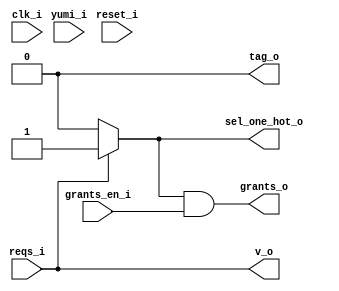
module bsg_round_robin_arb_inputs_p1
(
  clk_i,
  reset_i,
  grants_en_i,
  reqs_i,
  grants_o,
  sel_one_hot_o,
  v_o,
  tag_o,
  yumi_i
);

  input [0:0] reqs_i;
  output [0:0] grants_o;
  output [0:0] sel_one_hot_o;
  output [0:0] tag_o;
  input clk_i;
  input reset_i;
  input grants_en_i;
  input yumi_i;
  output v_o;
  wire [0:0] grants_o,sel_one_hot_o,tag_o;
  wire v_o,N0,N1,N2;
  assign tag_o[0] = 1'b0;
  assign v_o = reqs_i[0];
  assign N2 = ~reqs_i[0];
  assign sel_one_hot_o[0] = (N0)? 1'b0 : 
                            (N1)? 1'b1 : 1'b0;
  assign N0 = N2;
  assign N1 = reqs_i[0];
  assign grants_o[0] = sel_one_hot_o[0] & grants_en_i;

endmodule